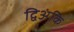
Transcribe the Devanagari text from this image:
द्विअंकि